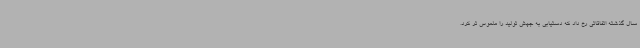
سال گذشته اتفاقاتی رخ داد که دستیابی به جهش تولید را ملموس تر کرد.